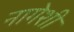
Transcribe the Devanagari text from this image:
नागेशी